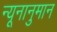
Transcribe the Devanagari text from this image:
न्यूनानुमान